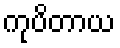
ကုပိတာယ